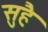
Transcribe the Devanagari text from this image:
सुहै